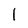
Character: l